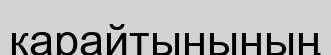
қарайтынының